65_HS1-834228961_62-HQ-83894_Section_4
Agency: FBI
Page 51
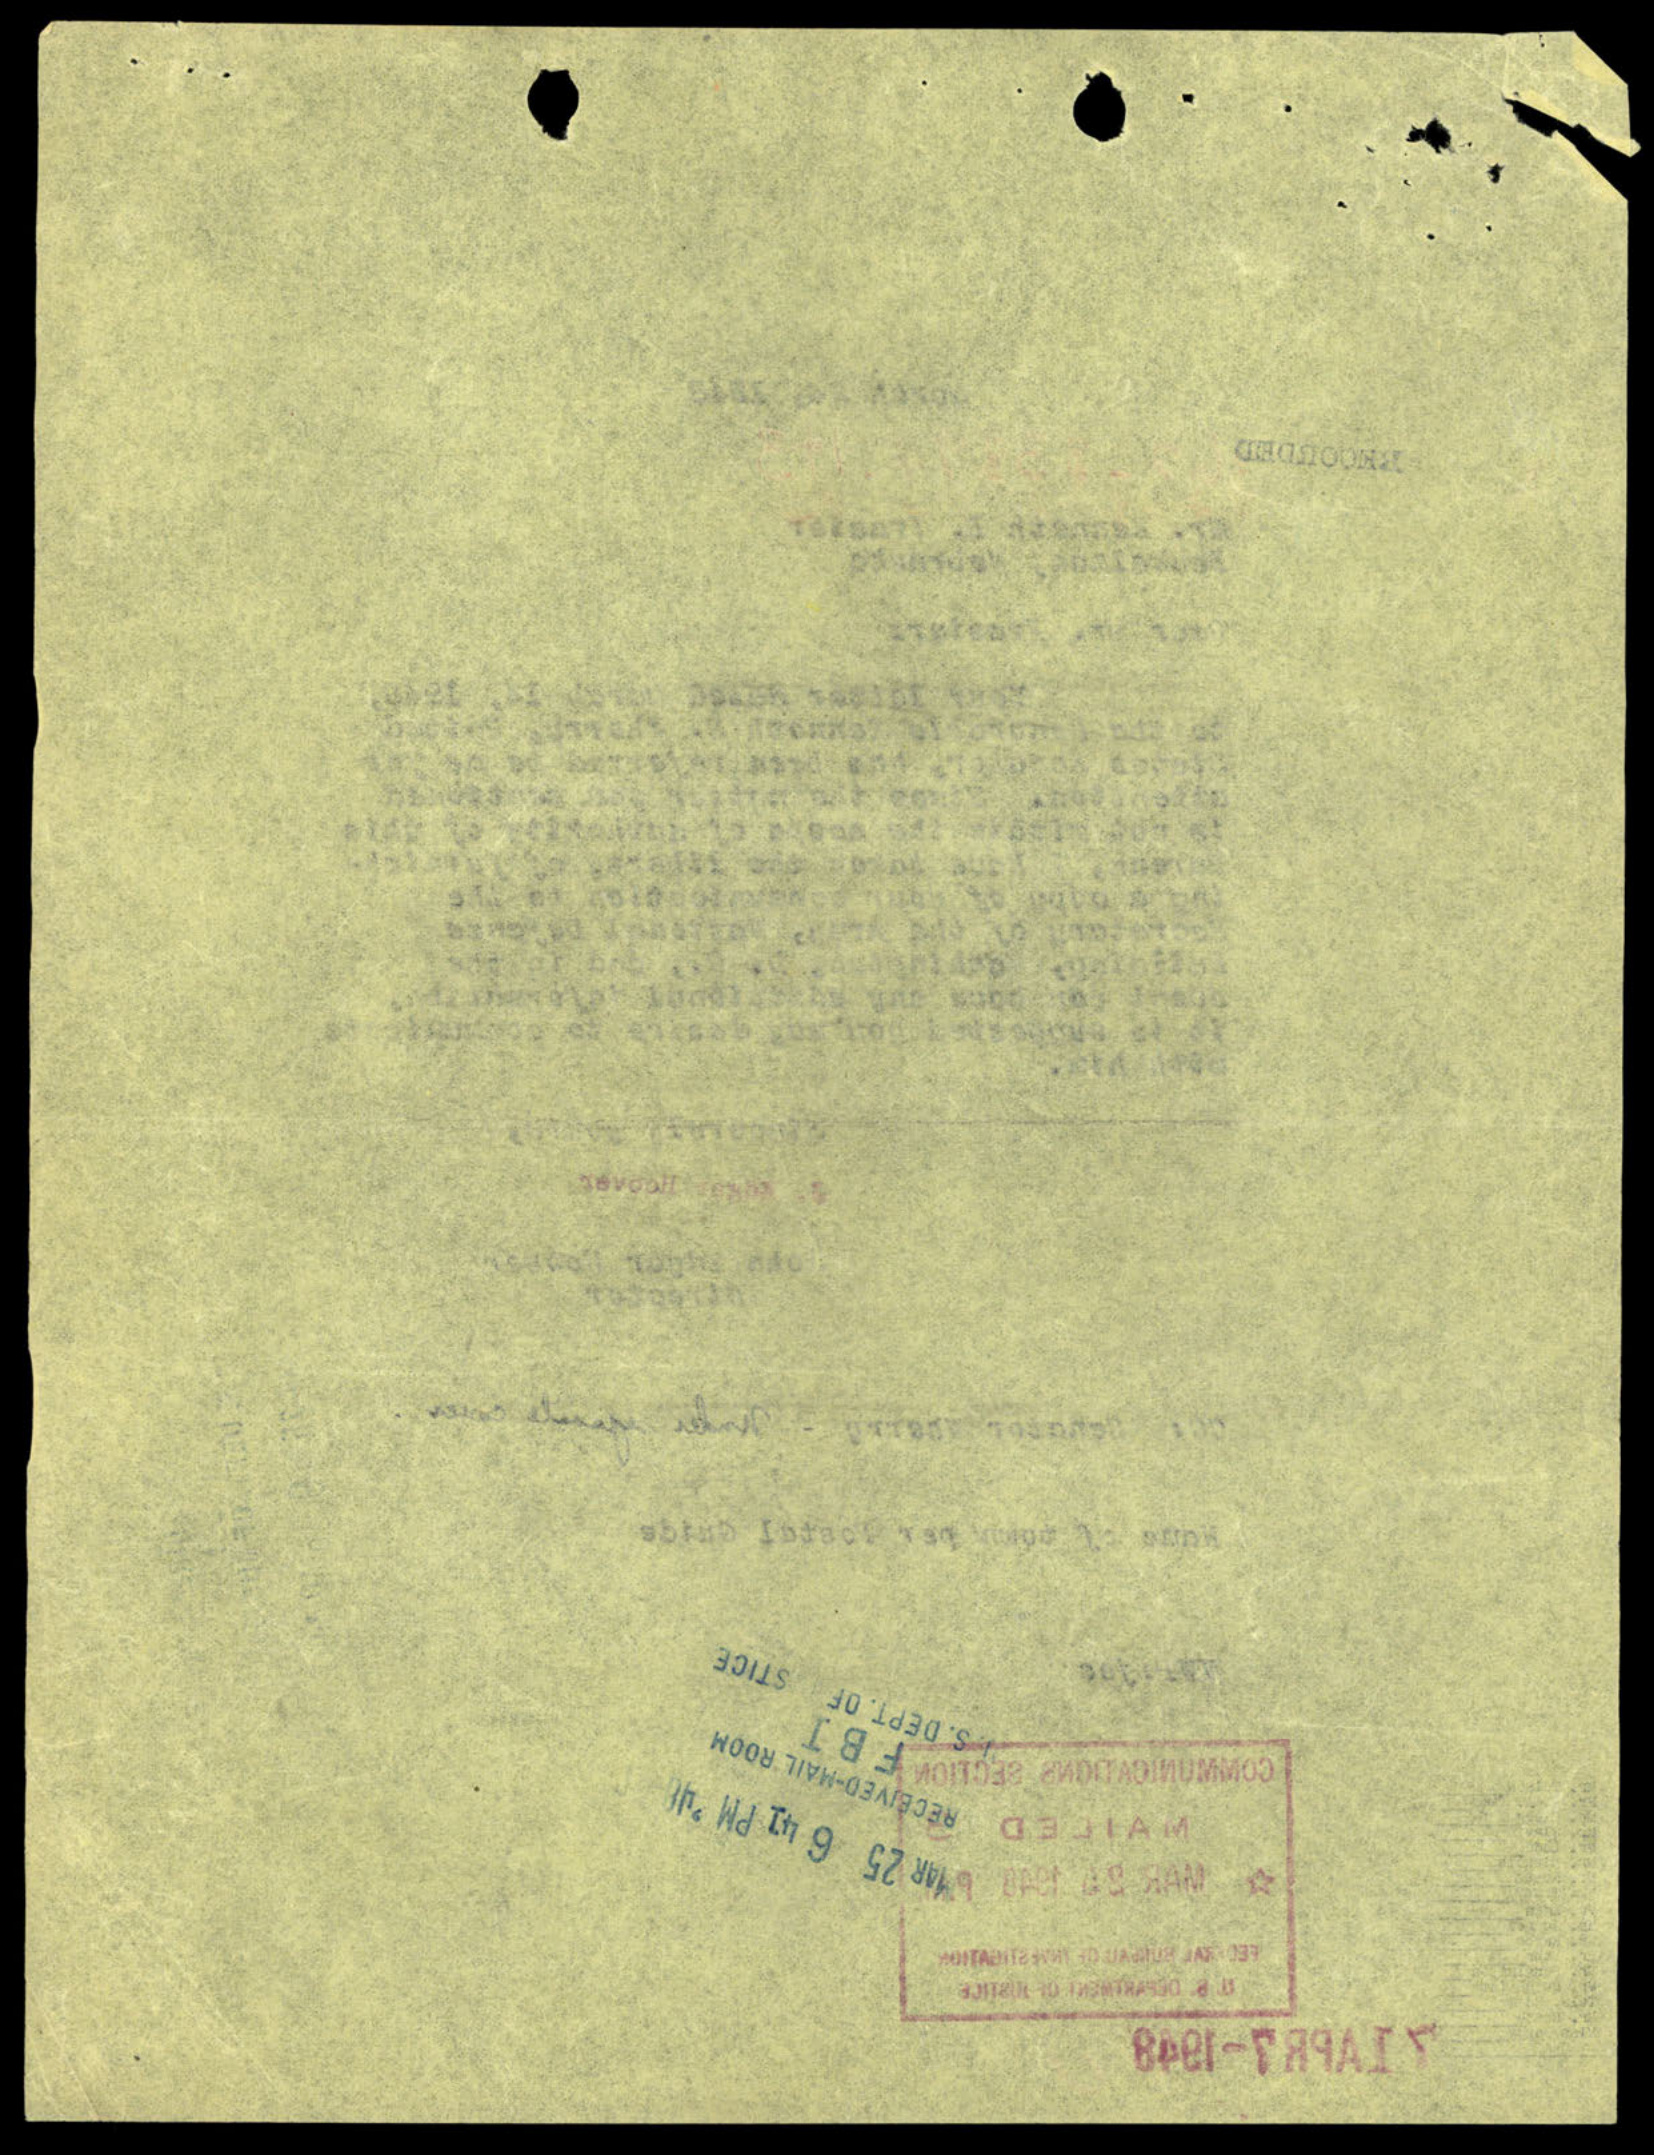